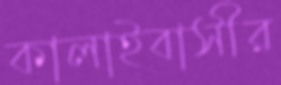
কালাইবাসীর